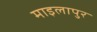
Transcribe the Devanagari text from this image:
माइलापुर